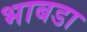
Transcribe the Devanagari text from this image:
भाबडा